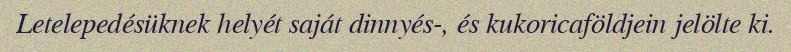
Letelepedésüknek helyét saját dinnyés-, és kukoricaföldjein jelölte ki.